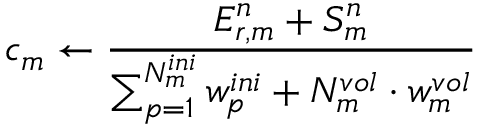
c _ { m } \leftarrow \frac { E _ { r , m } ^ { n } + S _ { m } ^ { n } } { \sum _ { p = 1 } ^ { N _ { m } ^ { i n i } } w _ { p } ^ { i n i } + N _ { m } ^ { v o l } \cdot w _ { m } ^ { v o l } }